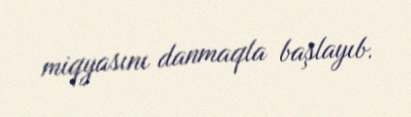
miqyasını danmaqla başlayıb.